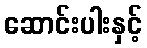
ဆောင်းပါးနှင့်